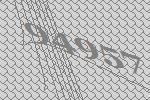
94957